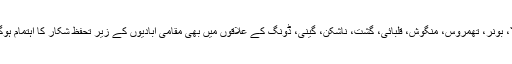
ضلع دیامر میں بونیر، گینی میں مختلف وادیوں بشمول بونیر داس، دیموری، ہالالا، بونر، تھمروس، منگوش، قلبائی، گشت، ناشکن، گینی، ڈونگ کے علاقوں میں بھی مقامی آبادیوں کے زیر تحفظ شکار کا اہتمام ہوگا، جہاں پر جنگلات کی کٹائی اور غیرقانونی شکار کو روکنے میں مدد ملے گی۔